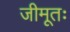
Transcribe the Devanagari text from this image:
जीमूतः